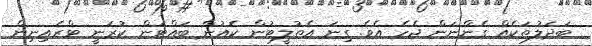
ބަދަލުތަކެއް ގެންނަން ޖެހެ އެވެ. ގިނަ އެތުލީޓުން ކެއުން ބައްޓަން ކުރަނީ ޓްރެއިނިން